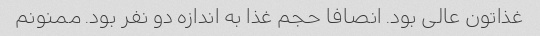
غذاتون عالی بود. انصافا حجم غذا به اندازه دو نفر بود. ممنونم